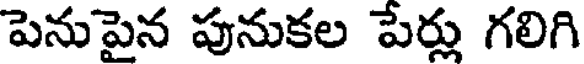
పెనుపైన పునుకల పేర్లు గలిగి